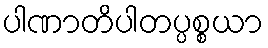
ပါဏာတိပါတပ္ပစ္စယာ